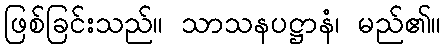
ဖြစ်ခြင်းသည်။ သာသနပဋ္ဌာနံ၊ မည်၏။